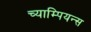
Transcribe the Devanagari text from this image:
च्याम्पियन्स